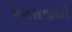
વનરાજીથી